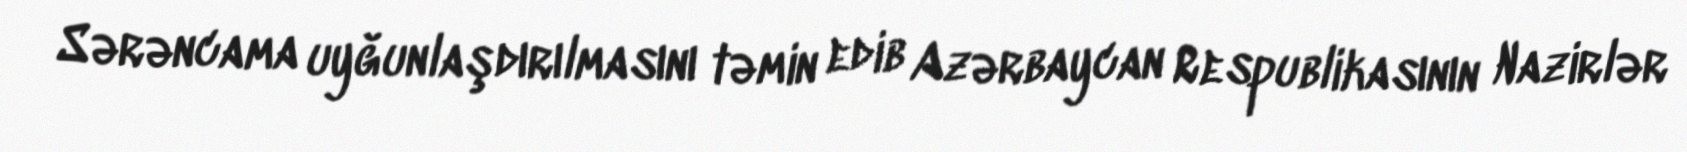
Sərəncama uyğunlaşdırılmasını təmin edib Azərbaycan Respublikasının Nazirlər